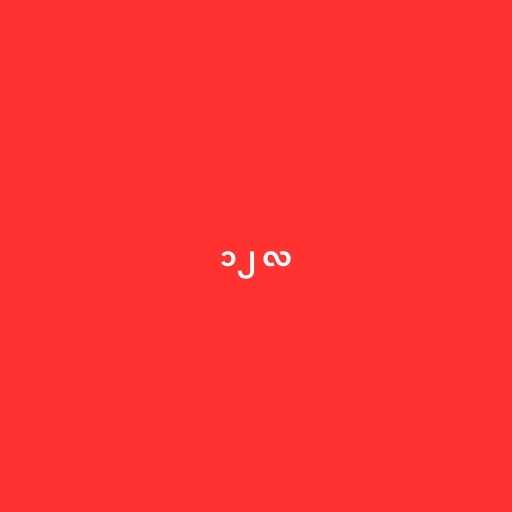
၁၂ လ